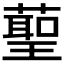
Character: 𮑞